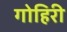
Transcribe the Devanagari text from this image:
गोहिरी